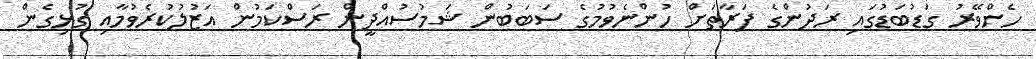
ހެންވޭރު ގަޑުބަޑުގައި ރަދުންގެ ފަރާތަށް ހުންނެވުމުގެ ސަބަބުން ޝަމުސުއްދީން ރަސްކަމުން އަޒުލުކުރެވުމާއި ގުޅިގެން